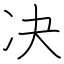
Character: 决